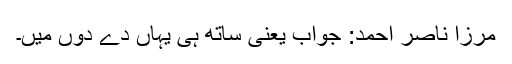
مرزا ناصر احمد: جواب یعنی ساتھ ہی یہاں دے دُوں میں۔